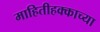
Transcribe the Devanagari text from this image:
माहितीहक्काच्या